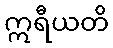
ဣရီယတိ